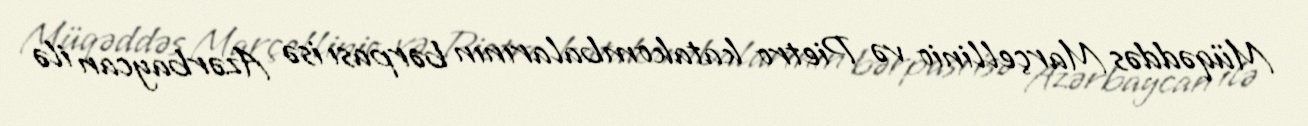
Müqəddəs Marçellinio və Pietro katakombalarının bərpası isə Azərbaycan ilə